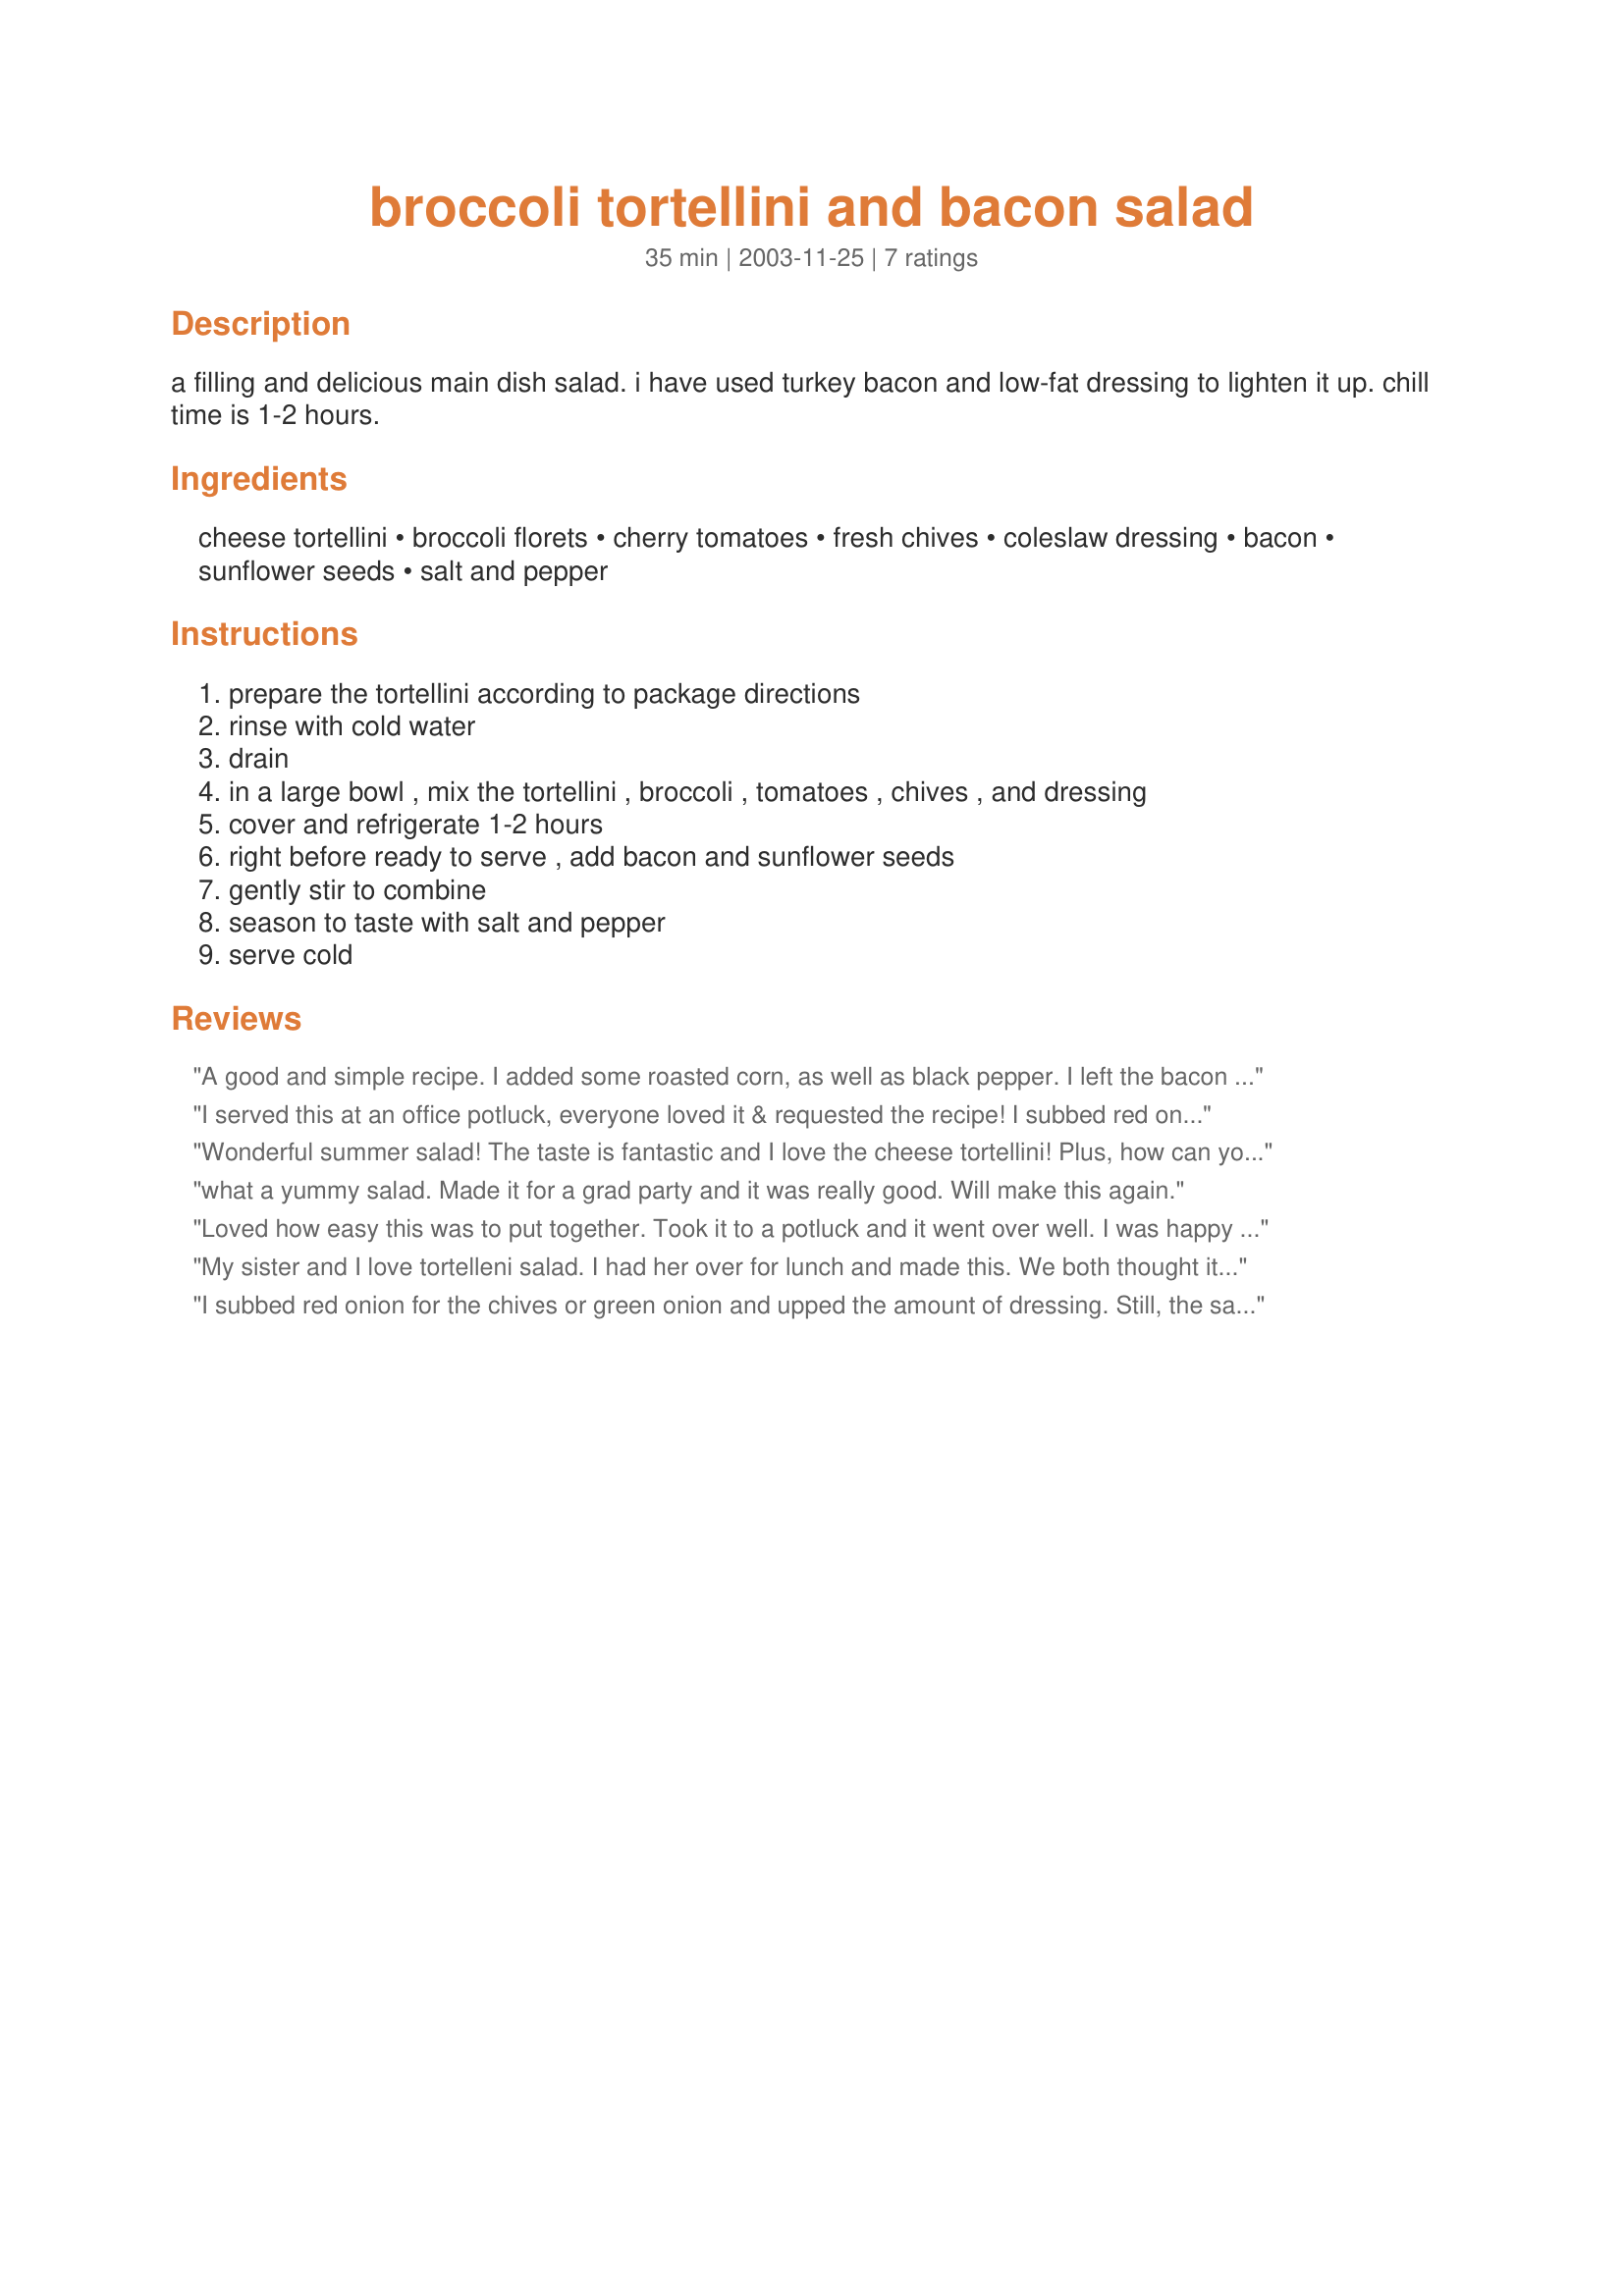
broccoli tortellini and bacon salad
Preparation time: 35 minutes

a filling and delicious main dish salad. i have used turkey bacon and low-fat dressing to lighten it up. chill time is 1-2 hours.

Ingredients:
cheese tortellini, broccoli florets, cherry tomatoes, fresh chives, coleslaw dressing, bacon, sunflower seeds, salt and pepper

Steps:
prepare the tortellini according to package directions
rinse with cold water
drain
in a large bowl , mix the tortellini , broccoli , tomatoes , chives , and dressing
cover and refrigerate 1-2 hours
right before ready to serve , add bacon and sunflower seeds
gently stir to combine
season to taste with salt and pepper
serve cold

Reviews:
A good and simple recipe.
I added some roasted corn, as well as black pepper.
I left the bacon to the side as some were vegetarians.
I served this at an office potluck, everyone loved it & requested the recipe! I subbed red onions for the green & added dried cranberrys. Very Tasty & easy to make!
Wonderful summer salad! The taste is fantastic and I love the cheese tortellini! Plus, how can you go wrong with bacon? Yum!
what a yummy salad. Made it for a grad party and it was really good. Will make this again.
Loved how easy this was to put together. Took it to a potluck and it went over well. I was happy to bring some home to have with next nights dinner. Delicious. :)
My sister and I love tortelleni salad. I had her over for lunch and made this. We both thought it was very delicious. I used grape tomatoes and green onions. Very colorful and the bacon and sunflower seeds made this a stand-out in my opinion. Thanks, Beatrice.
I subbed red onion for the chives or green onion and upped the amount of dressing. Still, the salad was a little dry. I think it was just the nature of the tortellini. However, I don't really know how to correct the matter. More dressing would just sit on the outside of the pasta...it was the cheese filling that was too dry. My guests just didn't eat this. I love tortellini, but have decided not in cold salads. This salad would be excellent with spiral pasta (or any shape) and some raisins....however, that would be another recipe entirely...
